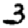
Digit: 3